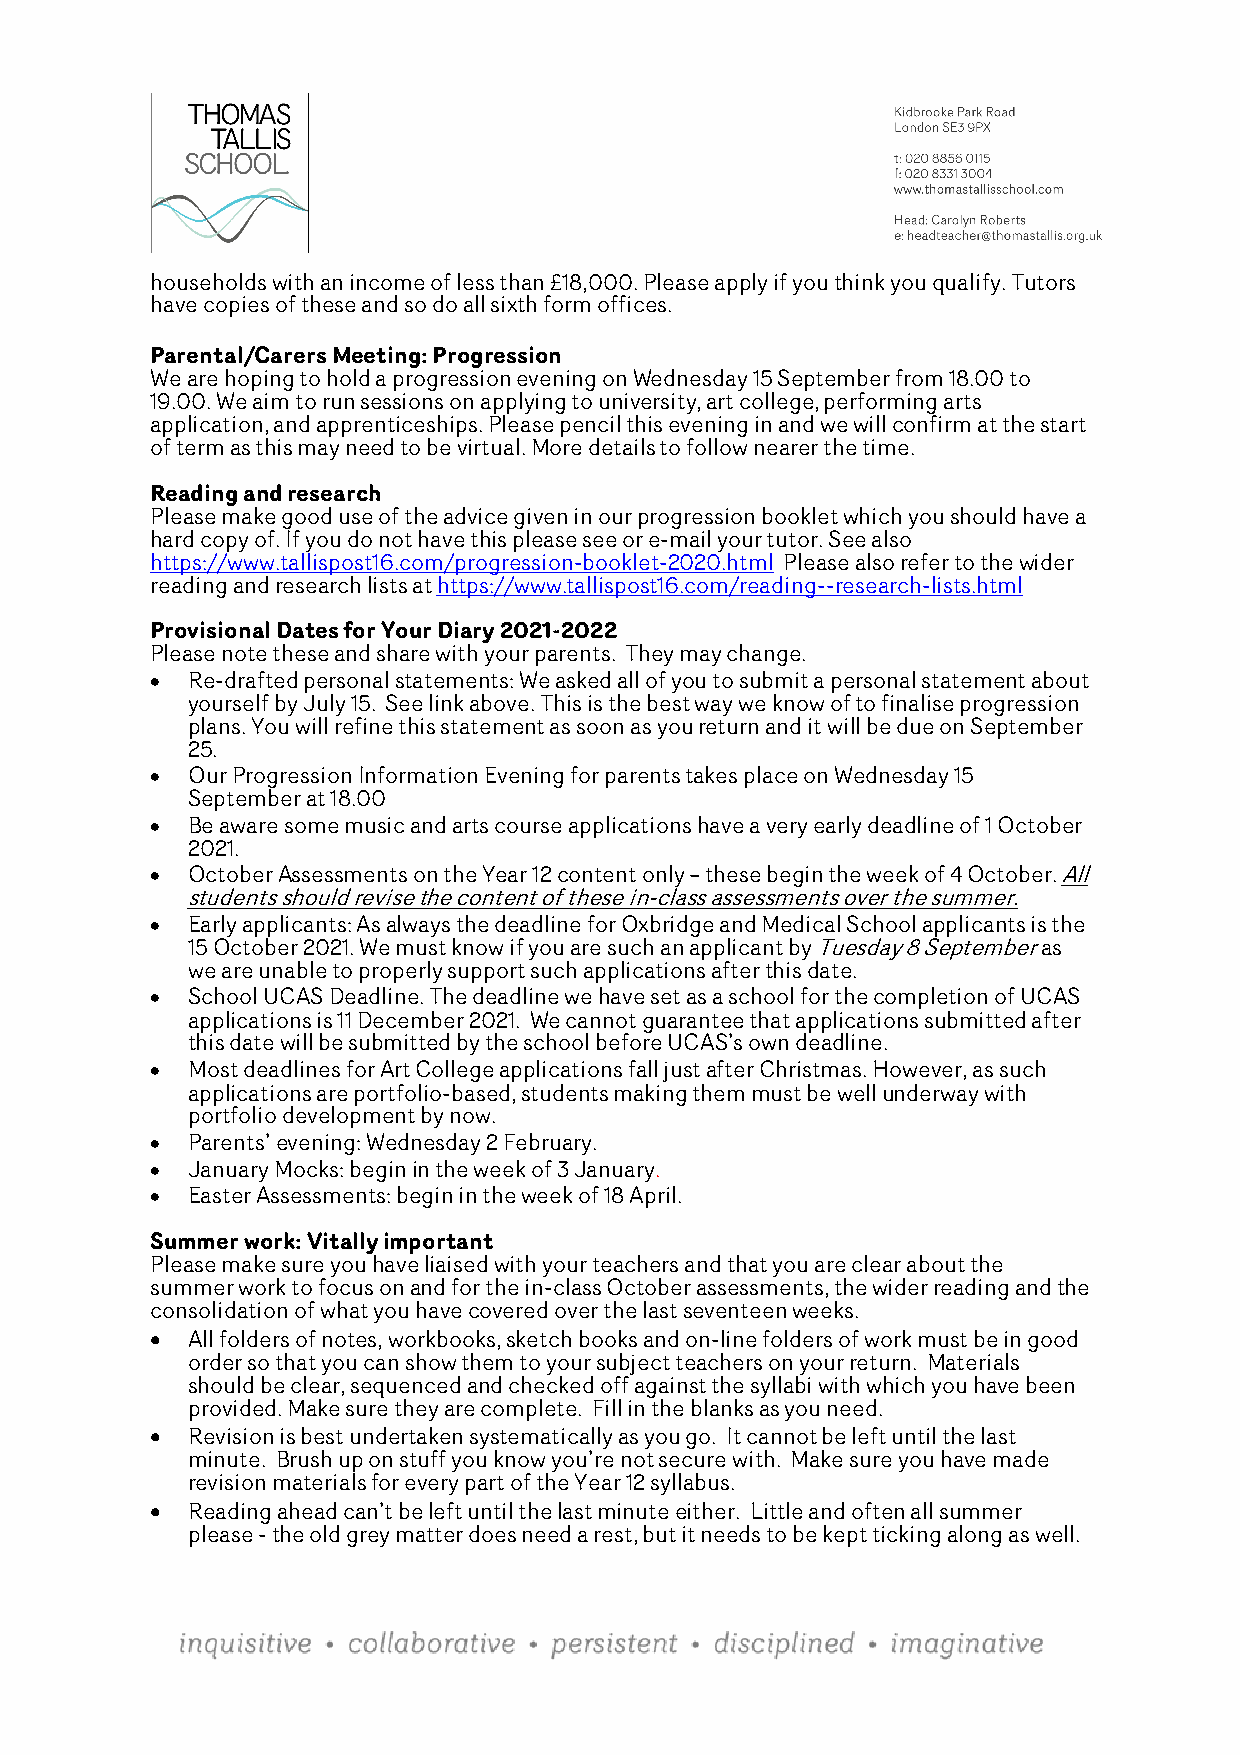
households with an income of less than £18,000. Please apply if you think you qualify. Tutors
 have copies of these and so do all sixth form offices.
 Parental/Carers Meeting: Progression
 We are hoping to hold a progression evening on Wednesday 15 September from 18.00 to
 19.00. We aim to run sessions on applying to university, art college, performing arts
 application, and apprenticeships. Please pencil this evening in and we will confirm at the start
 of term as this may need to be virtual. More details to follow nearer the time.
 Reading and research
 Please make good use of the advice given in our progression booklet which you should have a
 hard copy of. If you do not have this please see or e-mail your tutor. See also
 https://www.tallispost16.com/progression-booklet-2020.html Please also refer to the wider
 reading and research lists at https://www.tallispost16.com/reading--research-lists.html
 Provisional Dates for Your Diary 2021-2022
 Please note these and share with your parents. They may change.
 • Re-drafted personal statements: We asked all of you to submit a personal statement about
 yourself by July 15. See link above. This is the best way we know of to finalise progression
 plans. You will refine this statement as soon as you return and it will be due on September
 25.
 • Our Progression Information Evening for parents takes place on Wednesday 15
 September at 18.00
 • Be aware some music and arts course applications have a very early deadline of 1 October
 2021.
 • October Assessments on the Year 12 content only – these begin the week of 4 October. All
 students should revise the content of these in-class assessments over the summer.
 • Early applicants: As always the deadline for Oxbridge and Medical School applicants is the
 15 October 2021. We must know if you are such an applicant by Tuesday 8 September as
 we are unable to properly support such applications after this date.
 • School UCAS Deadline. The deadline we have set as a school for the completion of UCAS
 applications is 11 December 2021. We cannot guarantee that applications submitted after
 this date will be submitted by the school before UCAS’s own deadline.
 • Most deadlines for Art College applications fall just after Christmas. However, as such
 applications are portfolio-based, students making them must be well underway with
 portfolio development by now.
 • Parents’ evening: Wednesday 2 February.
 • January Mocks: begin in the week of 3 January.
 • Easter Assessments: begin in the week of 18 April.
 Summer work: Vitally important
 Please make sure you have liaised with your teachers and that you are clear about the
 summer work to focus on and for the in-class October assessments, the wider reading and the
 consolidation of what you have covered over the last seventeen weeks.
 • All folders of notes, workbooks, sketch books and on-line folders of work must be in good
 order so that you can show them to your subject teachers on your return. Materials
 should be clear, sequenced and checked off against the syllabi with which you have been
 provided. Make sure they are complete. Fill in the blanks as you need.
 • Revision is best undertaken systematically as you go. It cannot be left until the last
 minute. Brush up on stuff you know you’re not secure with. Make sure you have made
 revision materials for every part of the Year 12 syllabus.
 • Reading ahead can’t be left until the last minute either. Little and often all summer
 please - the old grey matter does need a rest, but it needs to be kept ticking along as well.